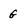
Character: G